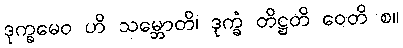
ဒုက္ခမေဝ ဟိ သမ္ဘောတိ၊ ဒုက္ခံ တိဋ္ဌတိ ဝေတိ စ။